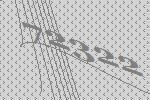
72322